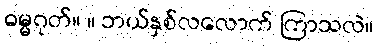
ဓမ္မဂုတ်။ ။ ဘယ်နှစ်လလောက် ကြာသလဲ။